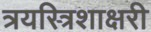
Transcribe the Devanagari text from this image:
त्रयस्त्रिशाक्षरी